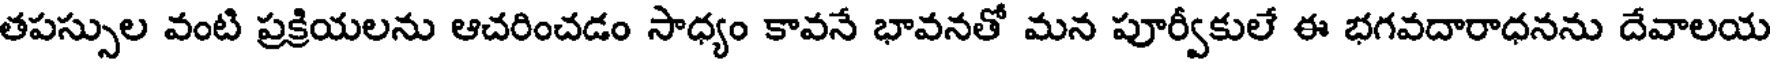
తపస్సుల వంటి ప్రక్రియలను ఆచరించడం సాధ్యం కావనే భావనతో మన పూర్వీకులే ఈ భగవదారాధనను దేవాలయ